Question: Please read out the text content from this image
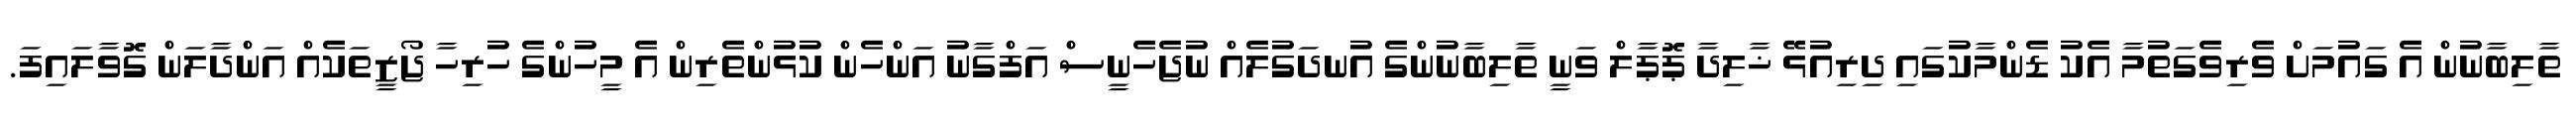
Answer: ތާލިބާނުން އެ ގައުމަށް ވެރިވެގަތުމާ އެކު ޑެންމާކުގައި ދިރިއުޅޭ ޚާލިދާ ޕޮޕާލް ވަނީ ތާލިބާނުންގެ އުނދަގުލެއް ނުޖެހެނީސް އަފްގާނު އަންހެން ކުޅުންތެރިން އެ މީހުންގެ ހުރިހާ ޖޯޒީތަކެއް އަންދާލަން ގޮވާލައިފަ.